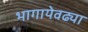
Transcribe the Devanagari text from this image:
भागायेवढ्या